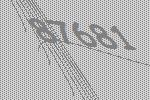
87681